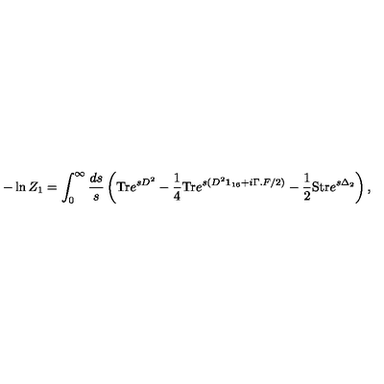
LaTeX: - \ln Z _ { 1 } = \int _ { 0 } ^ { \infty } \frac { d s } { s } \left( \mathrm { T r } e ^ { s D ^ { 2 } } - \frac 1 4 \mathrm { T r } e ^ { s ( D ^ { 2 } { \bf 1 } _ { 1 6 } + i \Gamma . F / 2 ) } - \frac 1 2 \mathrm { S t r } e ^ { s \Delta _ { 2 } } \right) ,